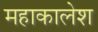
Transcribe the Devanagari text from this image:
महाकालेश